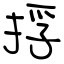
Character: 捊